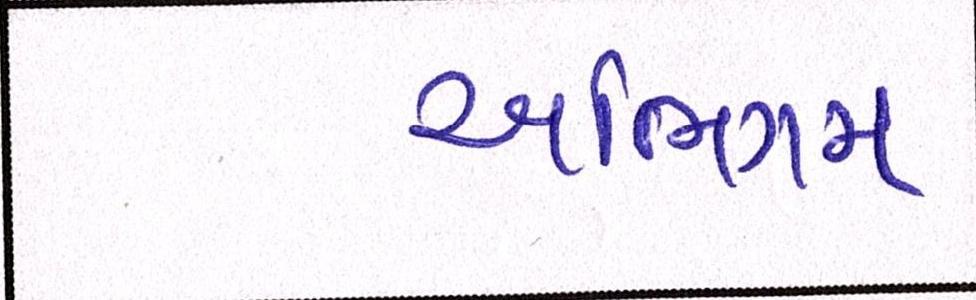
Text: અભિગમ